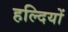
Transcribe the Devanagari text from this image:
हल्दियों